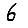
Digit: 6